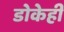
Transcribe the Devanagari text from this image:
डोकेही